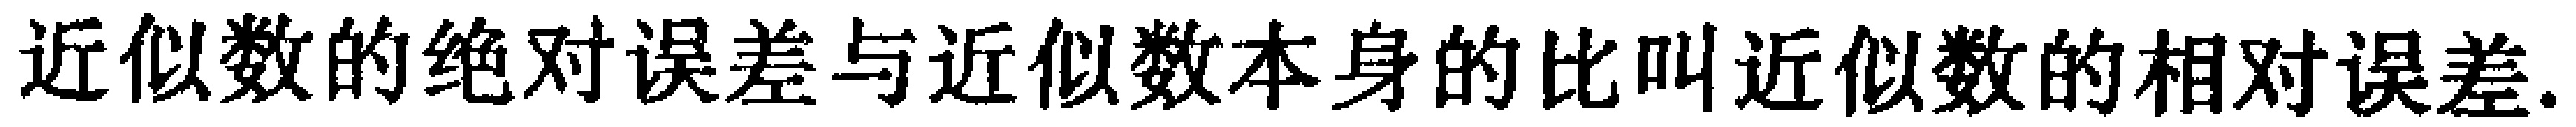
近似数的绝对误差与近似数本身的比叫近似数的相对误差.